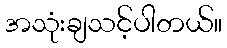
အသုံးချသင့်ပါတယ်။